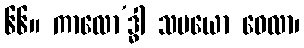
၆၆။ ကာလော’ဒ္ဓါ သမယော ဝေလာ၊